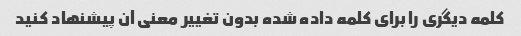
کلمه دیگری را برای کلمه داده شده بدون تغییر معنی آن پیشنهاد کنید